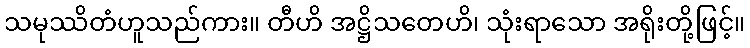
သမုဿိတံဟူသည်ကား။ တီဟိ အဋ္ဌိသတေဟိ၊ သုံးရာသော အရိုးတို့ဖြင့်။